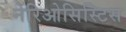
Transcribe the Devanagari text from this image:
नेरिओसिस्टिस